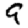
Digit: 9